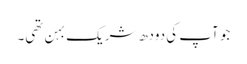
جو آپ کی دودھ شریک بہن تھی۔